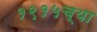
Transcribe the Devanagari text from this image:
१९१५च्या